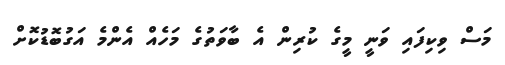
މަސް ވިކިފައި ވަނީ މީގެ ކުރިން އެ ބާވަތުގެ މަހެއް އެންމެ އަގުބޮޑުކޮށް